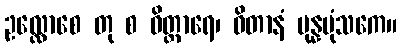
ဥလ္လောစေ တု စ ဝိတ္ထာရေ၊ ဝိတာနံ ပုန္နပုံသကေ။